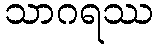
သာဂရဿ